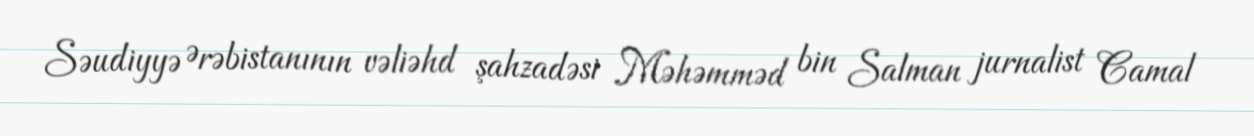
Səudiyyə Ərəbistanının vəliəhd şahzadəsi Məhəmməd bin Salman jurnalist Camal